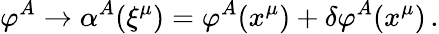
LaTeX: \varphi^{A}\rightarrow\alpha^{A}(\xi^{\mu})=\varphi^{A}(x^{\mu})+\delta\varphi^{A}(x^{\mu})\, .